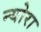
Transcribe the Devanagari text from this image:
न्योरा